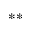
^ { * * }